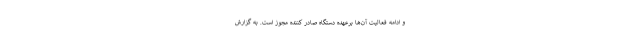
و ادامه فعالیت آن‌ها برعهده دستگاه صادر کننده مجوز است. به گزارش